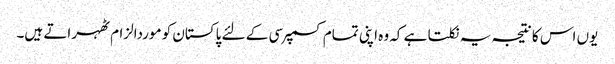
یوں اس کا نتیجہ یہ نکلتا ہے کہ وہ اپنی تمام کسمپرسی کے لئے پاکستان کو موردالزام ٹھہراتے ہیں۔